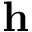
\mathbf { h }